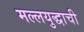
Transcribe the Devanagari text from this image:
मल्लयुद्धाची